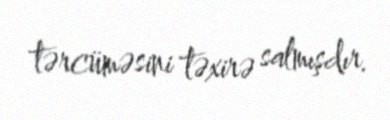
tərcüməsini təxirə salmışdır.